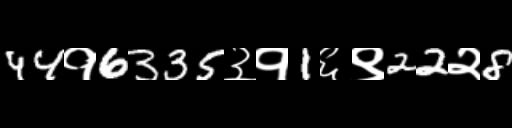
Text: 44१6335३१1६९22२8